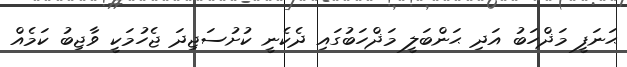
ޙަނަފީ މަޛްހަބު އަދި ޙަންބަލީ މަޛްހަބުގައި ދެކެނީ ކުށުސަޖިދަ ޖެހުމަކީ ވާޖިބު ކަމެއް